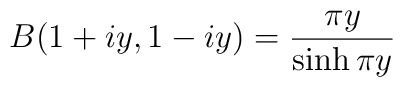
B (1+iy,1-iy) = {{\pi y}\over{\sinh \pi y }}